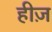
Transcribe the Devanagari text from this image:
हीज़